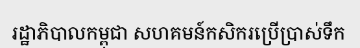
រដ្ឋាភិបាលកម្ពុជា សហគមន៍កសិករប្រើប្រាស់ទឹក